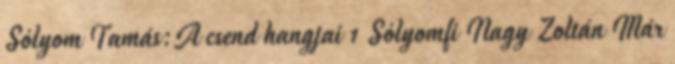
Sólyom Tamás:A csend hangjai 1 Sólyomfi Nagy Zoltán Már